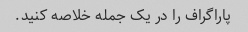
پاراگراف را در یک جمله خلاصه کنید.